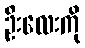
ဦးလေးကို